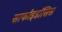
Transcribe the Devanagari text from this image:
सार्काइडॉसिस